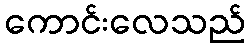
ကောင်းလေသည်